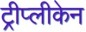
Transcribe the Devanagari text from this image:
ट्रीप्लीकेन